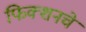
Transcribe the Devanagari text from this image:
फिक्शनचे